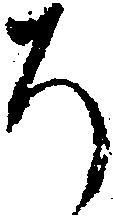
ち